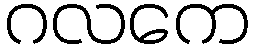
ဂလကေ